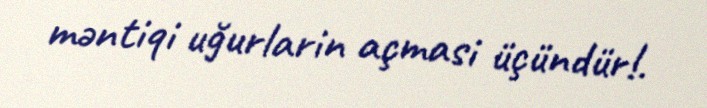
məntiqi uğurlarin açmasi üçündür!.